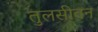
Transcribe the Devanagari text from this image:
तुलसीवन